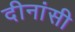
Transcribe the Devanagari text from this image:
दीनांसी